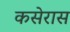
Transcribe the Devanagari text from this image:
कसेरास